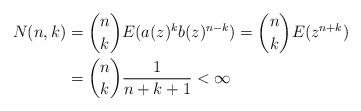
LaTeX: \begin{align*}N(n,k)&=\binom{n}{k}E(a(z)^{k}b(z)^{n-k})=\binom{n}{k}E(z^{n+k}) \\&=\binom{n}{k}\frac{1}{n+k+1}<\infty \end{align*}